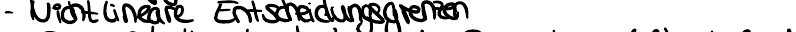
- Nicht lineare Entscheidungsgrenzen